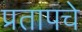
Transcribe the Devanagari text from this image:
प्रतापचे